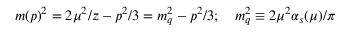
m ( p ) ^ { 2 } = 2 \mu ^ { 2 } / z - p ^ { 2 } / 3 = m _ { q } ^ { 2 } - p ^ { 2 } / 3 ; \quad m _ { q } ^ { 2 } \equiv 2 \mu ^ { 2 } \alpha _ { s } ( \mu ) / \pi